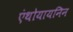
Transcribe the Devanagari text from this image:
एंथोयायनिन